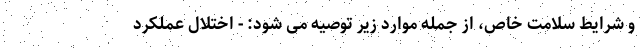
و شرایط سلامت خاص، از جمله موارد زیر توصیه می شود: - اختلال عملکرد